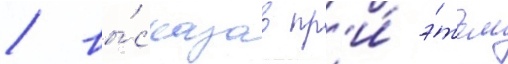
/ вы́сказав пр'и́ э́том